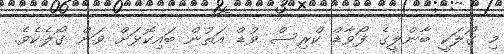
މި ގޯލަކީ ބާންލީގެ ފޯވާޑް ކްރިސް ވުޑް އަތުން ބައިކޮޅަށް ވަން ގޯލެކެވެ.